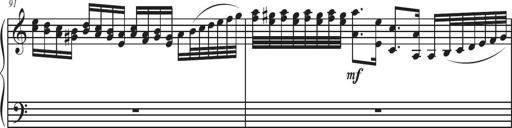
Title: Sonatina Espania
Composer: Jerald Franklin Archer
Key: Various